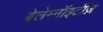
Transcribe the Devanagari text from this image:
बेलेम्नॉइटीज़